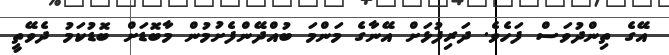
އޭގެ ތިންދުވަސް ފަހެވެ. ދަރިފުޅަށް އޭނާގެ މަންމަ ބުއްދޭންފެށުމުން މާބޮޑަށް ބޮޑުކަމު ދެވޭތީ